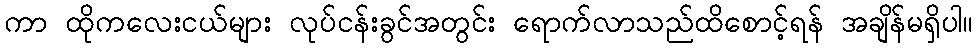
ကာ ထိုကလေးငယ်များ လုပ်ငန်းခွင်အတွင်း ရောက်လာသည်ထိစောင့်ရန် အချိန်မရှိပါ။